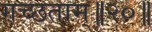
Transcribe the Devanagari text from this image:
गच्छताम्‌॥२०॥